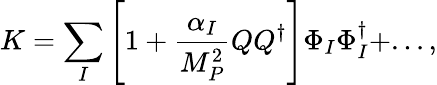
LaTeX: K=\sum_{I}\left[1+\frac{\alpha_{I}}{M_{P}^{2}}QQ^{\dagger}\right]\Phi_{I}\Phi_{I}^{\dagger}+...,